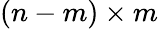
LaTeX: (n-m)\times m